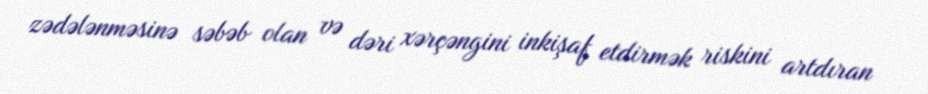
zədələnməsinə səbəb olan və dəri xərçəngini inkişaf etdirmək riskini artdıran